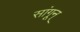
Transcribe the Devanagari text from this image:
सांगून्